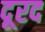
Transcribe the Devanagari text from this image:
दूरद